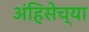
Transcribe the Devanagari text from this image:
अंहिसेच्या